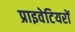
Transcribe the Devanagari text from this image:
प्राइवेटियरों